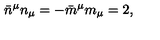
\bar { n } ^ { \mu } n _ { \mu } = - \bar { m } ^ { \mu } m _ { \mu } = 2 ,